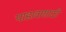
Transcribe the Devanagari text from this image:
पाडावासाठी